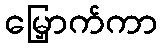
မြှောက်ကာ